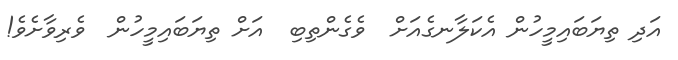
އަދި ތިޔަބައިމީހުން އެކަލާނގެއަށް  ވެގެންތިބި  އަށް ތިޔަބައިމީހުން  ވެރިވާށެވެ!